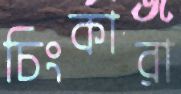
চিংকারা